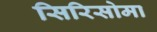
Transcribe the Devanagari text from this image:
सिरिसोमा